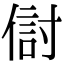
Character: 傠